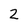
Character: 2